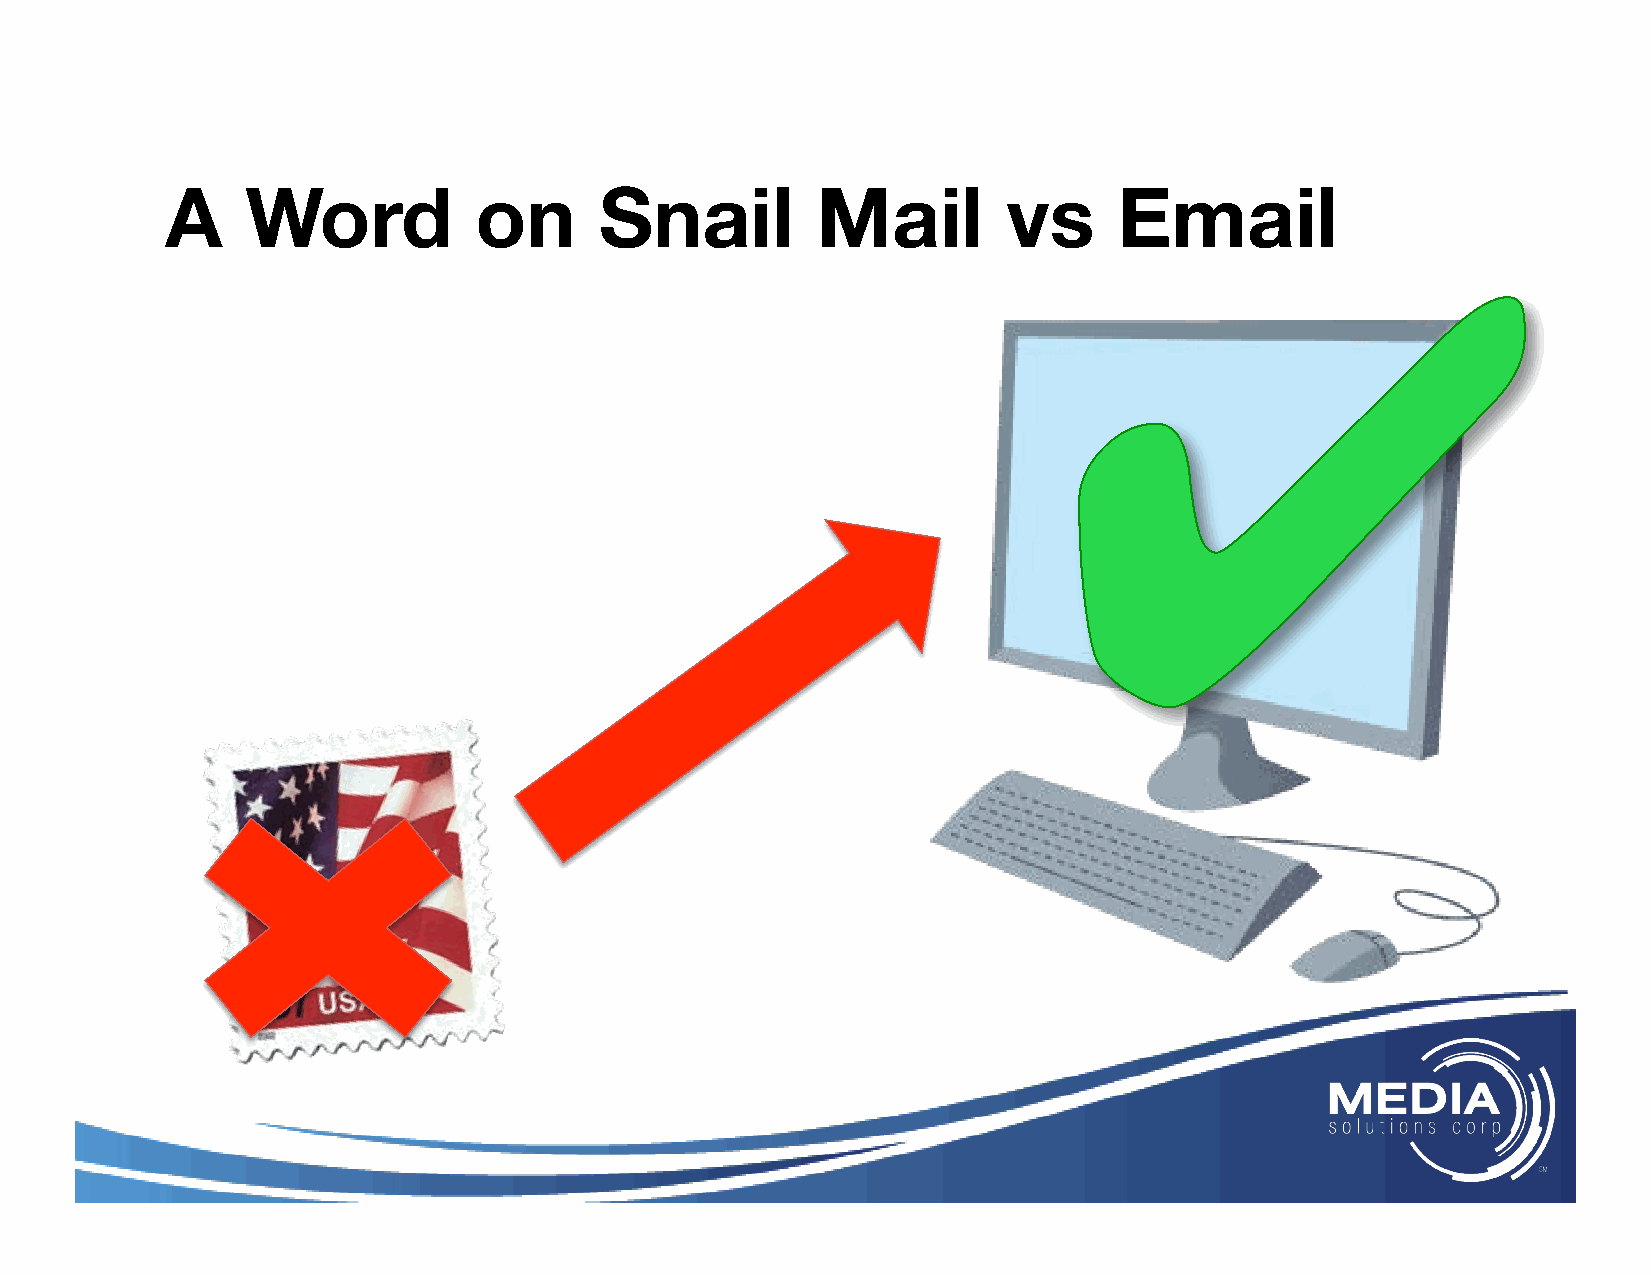
A    Word           on       Snail         Mail         vs     Email